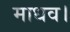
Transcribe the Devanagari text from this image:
माधव।